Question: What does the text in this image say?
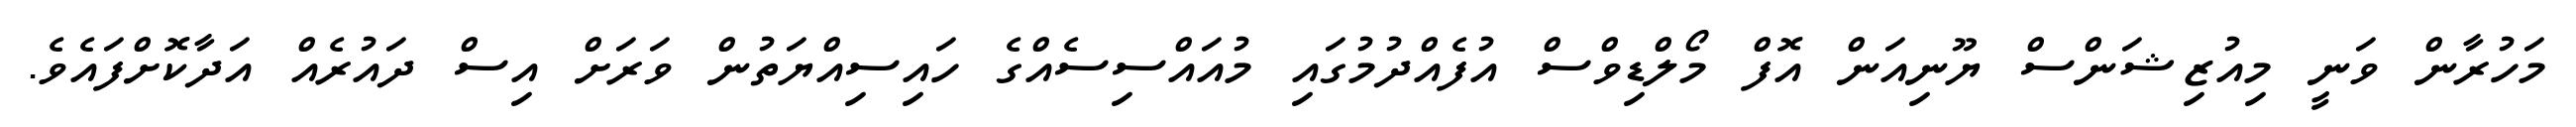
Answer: މަހުރާން ވަނީ މިއުޒިޝަންސް ޔޫނިއަން އޮފް މޯލްޑިވްސް އުފެއްދުމުގައި މުއައްސިސެއްގެ ހައިސިއްޔަތުން ވަރަށް އިސް ދައުރެއް އަދާކޮށްފައެވެ.